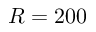
R = 2 0 0